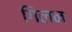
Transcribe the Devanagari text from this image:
गिलन